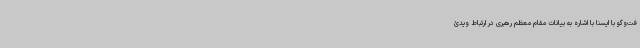
فت‌وگو با ایسنا با اشاره به بیانات مقام معظم رهبری در ارتباط ویدئ